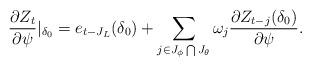
LaTeX: \begin{align*}\frac{\partial Z_{t}}{\partial\psi}\vert_{\delta_0} = e_{t- J_L}(\delta_0) +\sum_{j\in J_\phi\bigcap J_\theta} \omega_{j}\frac{\partial Z_{t-j}(\delta_0)}{\partial\psi}.\end{align*}